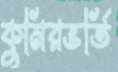
কুমিরভর্তি